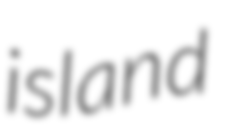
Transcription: island